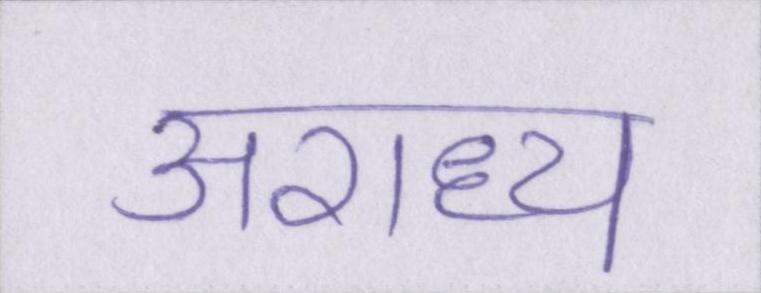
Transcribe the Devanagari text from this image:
अराध्य